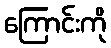
ကြောင်းကို